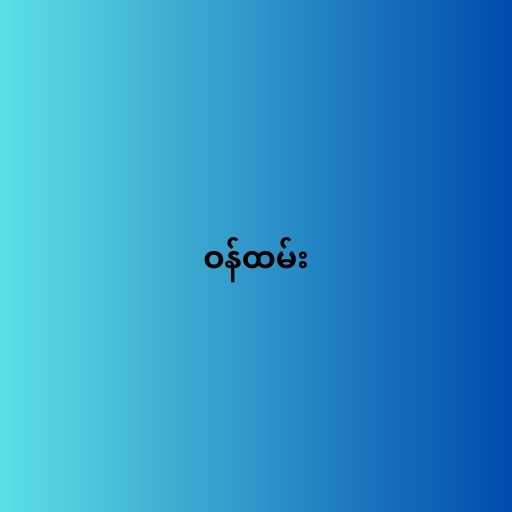
ဝန်ထမ်း